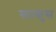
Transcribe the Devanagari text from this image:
स्ताकुस